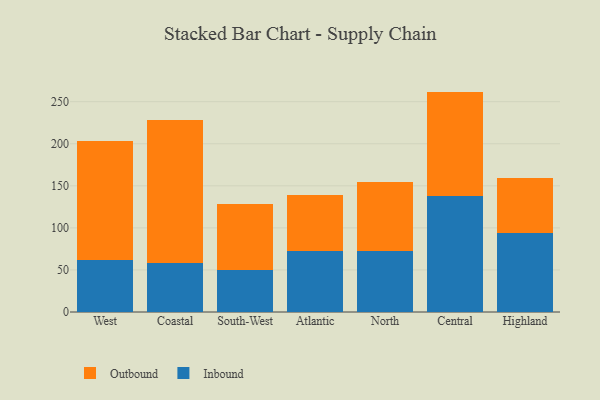
{"axis": {"x": "Region", "y": "Operating Costs (USD K)"}, "legend": ["Inbound", "Outbound"], "data": [{"x": "West", "y": 62.1, "type": "Inbound"}, {"x": "West", "y": 141.3, "type": "Outbound"}, {"x": "Coastal", "y": 58.2, "type": "Inbound"}, {"x": "Coastal", "y": 169.7, "type": "Outbound"}, {"x": "South-West", "y": 49.6, "type": "Inbound"}, {"x": "South-West", "y": 79.3, "type": "Outbound"}, {"x": "Atlantic", "y": 72.5, "type": "Inbound"}, {"x": "Atlantic", "y": 66.4, "type": "Outbound"}, {"x": "North", "y": 73.1, "type": "Inbound"}, {"x": "North", "y": 81.1, "type": "Outbound"}, {"x": "Central", "y": 137.9, "type": "Inbound"}, {"x": "Central", "y": 124.1, "type": "Outbound"}, {"x": "Highland", "y": 93.7, "type": "Inbound"}, {"x": "Highland", "y": 65.5, "type": "Outbound"}]}